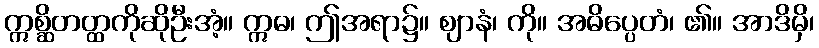
ဣစ္ဆိတတ္ထကိုဆိုဦးအံ့။ ဣဓ၊ ဤအရာ၌။ ဈာနံ၊ ကို။ အဓိပ္ပေတံ၊ ၏။ အာဒိမှိ၊